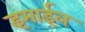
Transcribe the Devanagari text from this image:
इमाईल